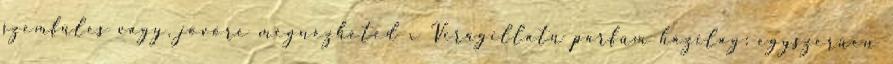
szemfüles vagy, jövőre megnézheted x Virágillatú parfüm házilag: egyszerűen